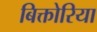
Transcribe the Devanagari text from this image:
बिक्तोरिया